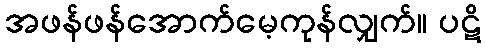
အဖန်ဖန်အောက်မေ့ကုန်လျှက်။ ပဋိ